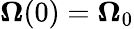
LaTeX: {\boldsymbol\Omega}(0)={\boldsymbol\Omega}_{0}